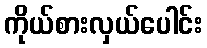
ကိုယ်စားလှယ်ပေါင်း